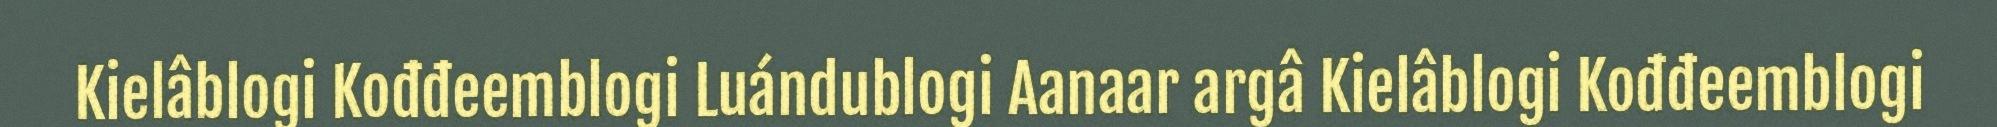
Kielâblogi Kođđeemblogi Luándublogi Aanaar argâ Kielâblogi Kođđeemblogi